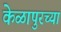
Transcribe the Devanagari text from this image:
केळापुरच्या